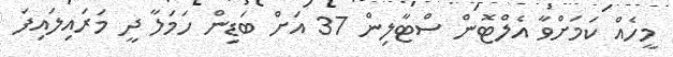
މީހެއް ކަމަށްވާ އެލްޓޮން ސްޓާލިން 37 އަށް ބަޑިން ހަމަލާ ދީ މަރައިލައިފަ